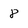
Character: 8